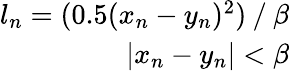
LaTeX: \begin{array}{r}{l_{n}=(0.5(x_{n}-y_{n})^{2})⁄\beta}\\ {|x_{n}-y_{n}|<\beta}\end{array}